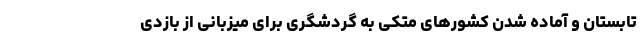
تابستان و آماده شدن کشورهای متکی به گردشگری برای میزبانی از بازدی